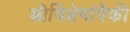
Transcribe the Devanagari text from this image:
स्त्रीविशेषांपैकी